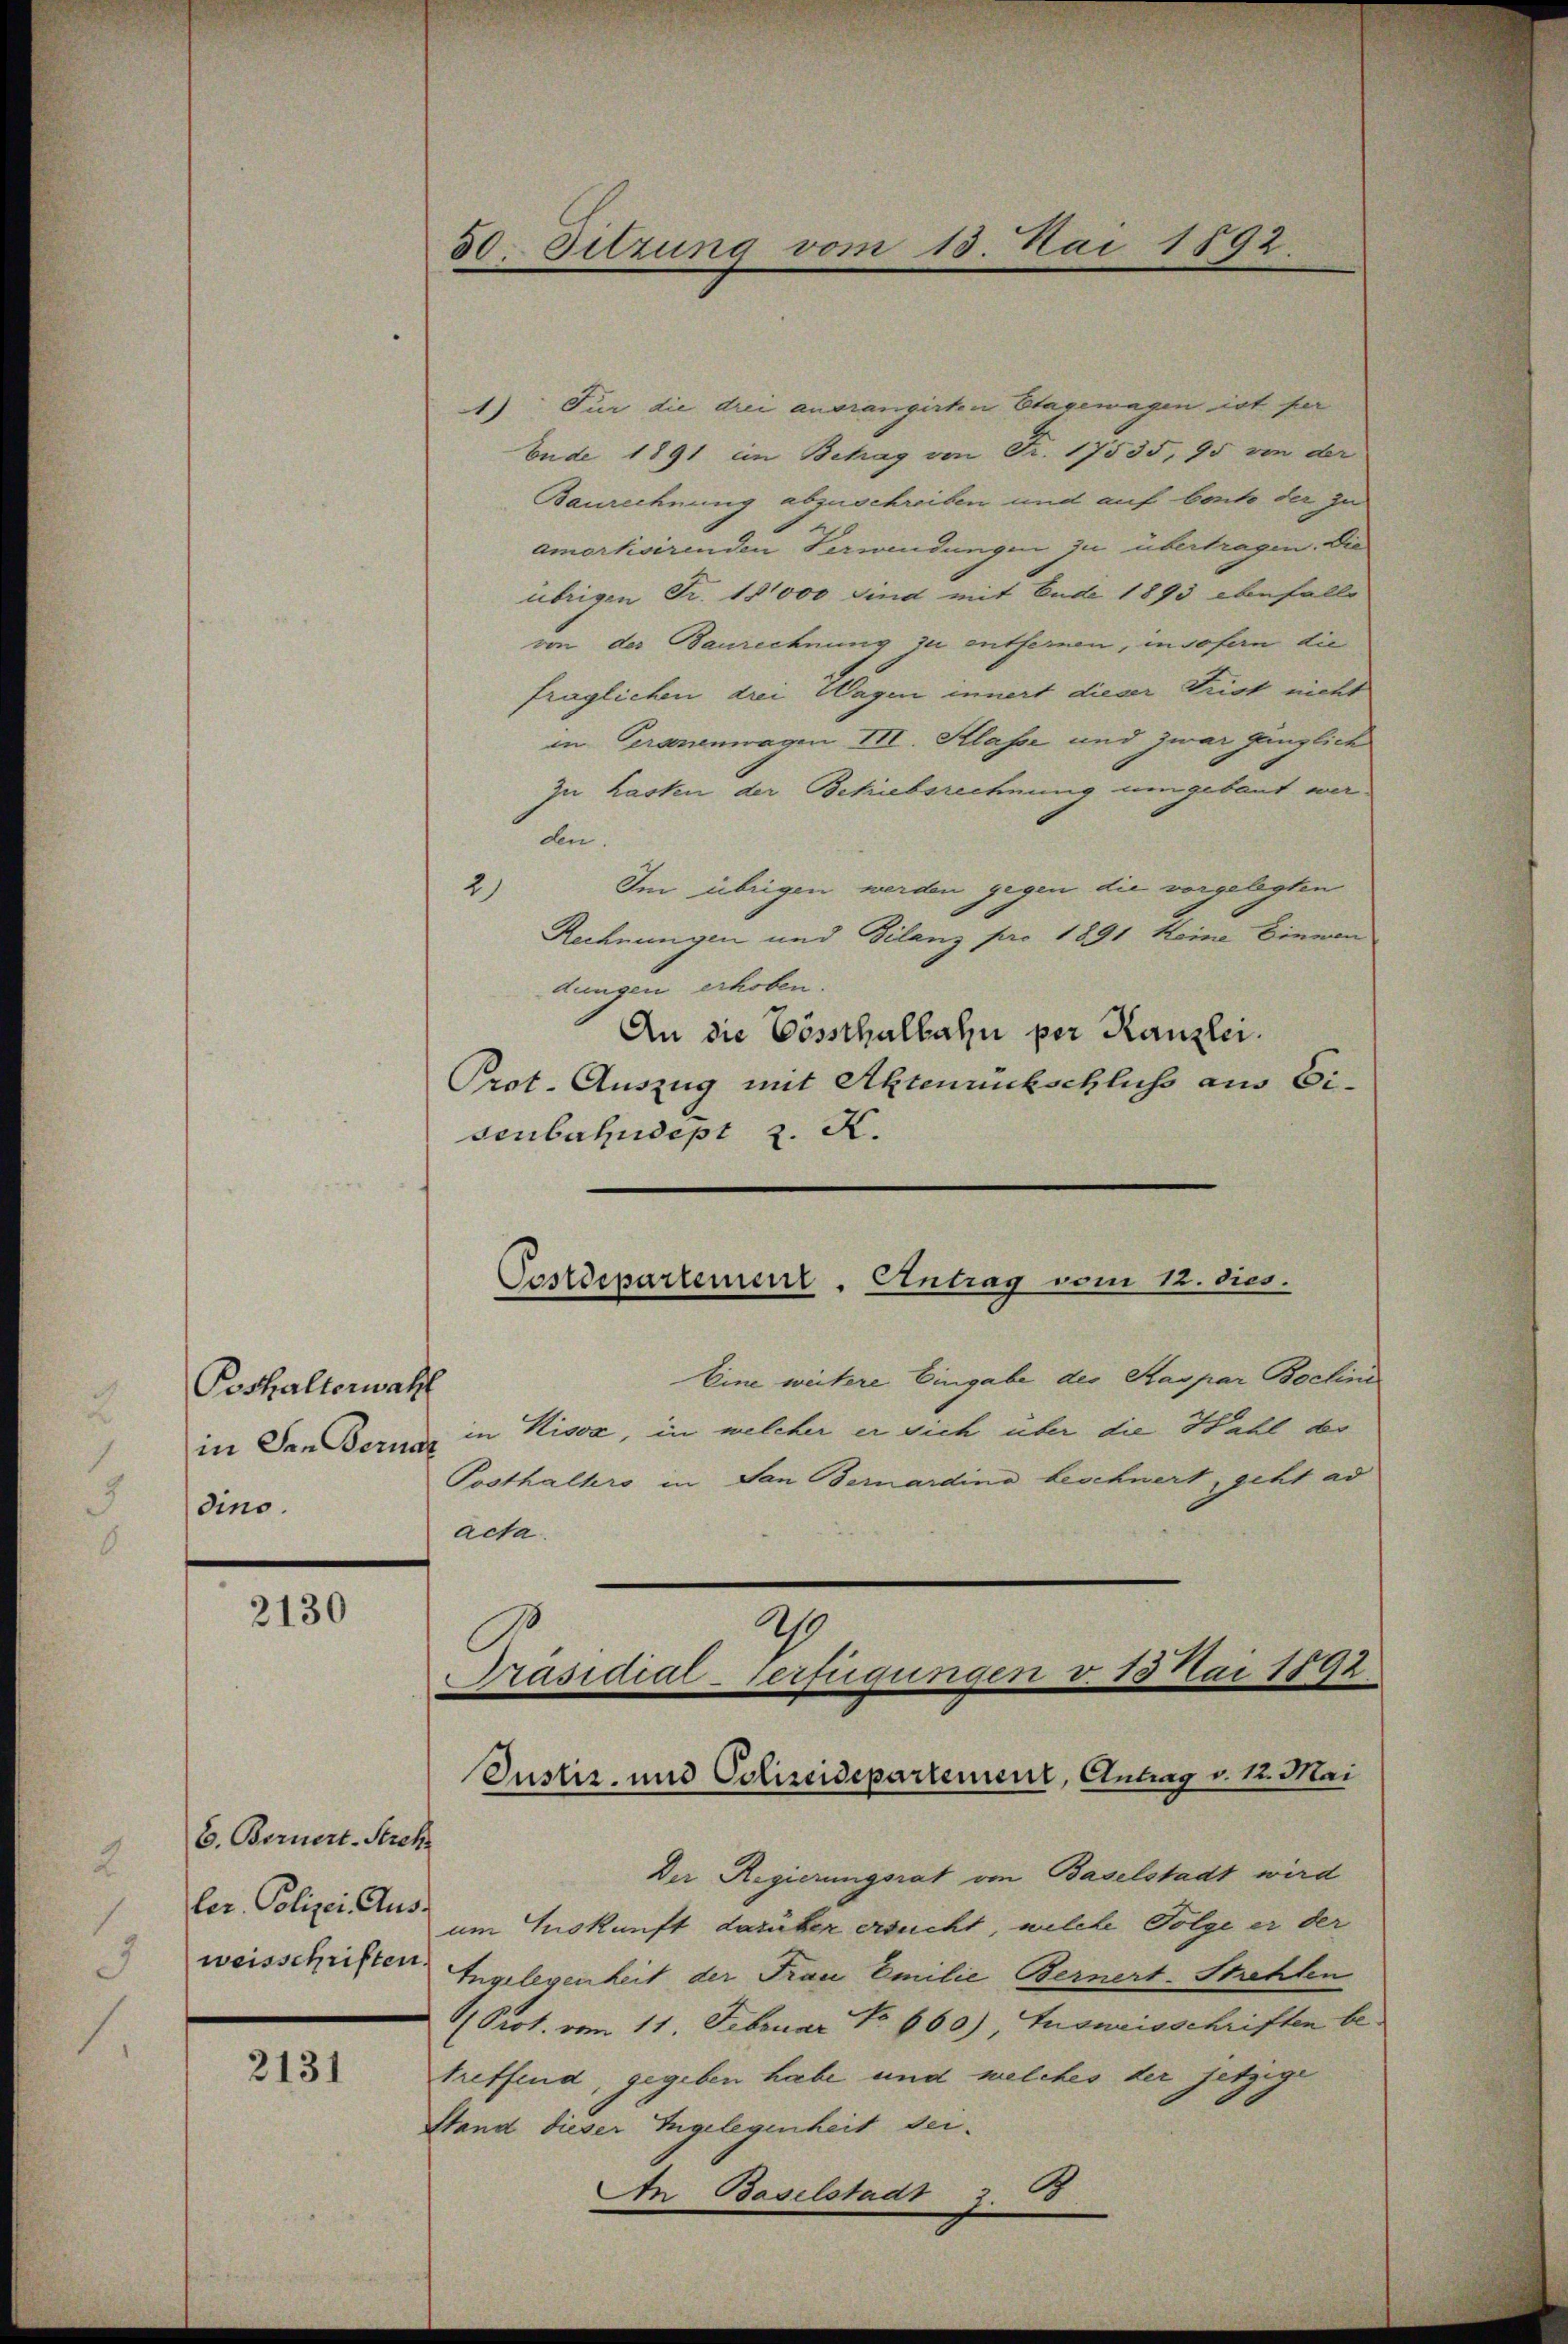
Poshalterwahl
in den Bernat
dino.

2130

6. Bernert-Streh
weisschriften.

2131

1) Für die drei ausrangirten Etagemagen ist per
Ende 1891 im Betrag von Fr. 17535, 95 von der
Baurechnung abzuschreiben und auf beite der zu
amortisirenden Verwendungen zu übertragen. Die
übrigen Fr. 18,000 sind mit Ende 1893 ebenfalls
von der Baurechnung zu entfernen, insofern die
fraglichen drei Wagen innert dieser Frist nicht
in Geranenwagen III. Klasse und zwar gänzlich
In Kasten der Bchriebsrechnung umgebaut wer
den.
2)
Im übrigen werden gegen die vorgelegten
Rechnungen und Bilanz pro 1891 keine Einwen
dungen erhoben.
An die Vössthalbahn per Kanzlei.
Prot. Auszug mit Aktenrückschluss aus Eisenbahndept z. K.

30. Sitzung vom 15. Mai 1892

Eine weitere Eingabe des Kaspar Bochini
in Kisse, in welcher er sich über die Wahl der
Posthalters in San Bernardino beschnert, geht ad
acta.

Postdepartemenz-Antrag vom 12. dies.

2
Präsidial-Verfügungen v. 15 Mai 1892
Justiz- und Polizeidepartemenr, Antrag v. 12. Mai

Der Regierungsrat von Baselstadt wird
der Polizei es um Auskunft darüber ersucht, welche Folge er der
Ingelegenheit der Frau Emilie Bernert-Strehten
Prot. vom 11. Februar No 660.) Ausweisschriften betreffend, gegeben habe und welches der jetzige
Stand dieser Ingelegenheit sei¬
An Baselstadt z. B